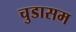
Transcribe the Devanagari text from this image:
चुडासम